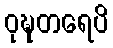
ဝုဍ္ဎတရေပိ